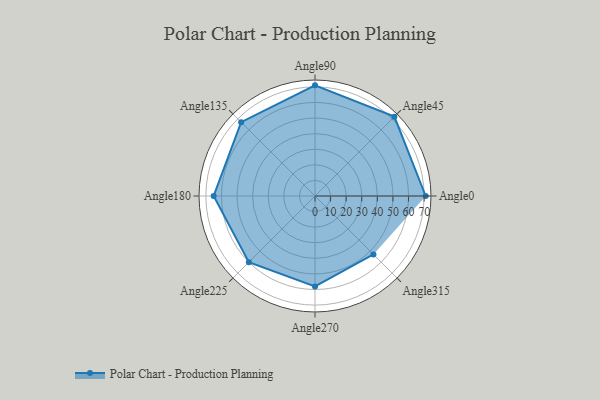
{"axis": {"x": "Angle", "y": "Radius"}, "legend": [""], "data": [{"x": "Angle0", "y": 71.0, "type": ""}, {"x": "Angle45", "y": 72.0, "type": ""}, {"x": "Angle90", "y": 71.0, "type": ""}, {"x": "Angle135", "y": 67.0, "type": ""}, {"x": "Angle180", "y": 65.0, "type": ""}, {"x": "Angle225", "y": 60.0, "type": ""}, {"x": "Angle270", "y": 58.0, "type": ""}, {"x": "Angle315", "y": 53.0, "type": ""}]}